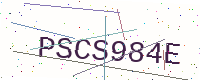
Text: PSCS984E